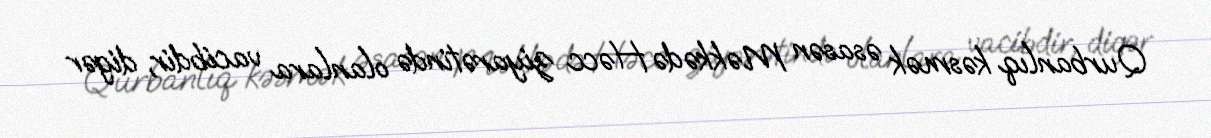
Qurbanlıq kəsmək əsasən Məkkədə Həcc ziyarətində olanlara vacibdir, digər